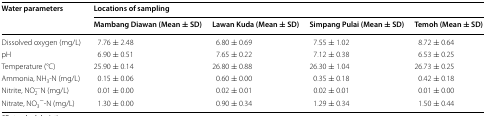
<table><thead><tr><td rowspan="2"><b>Water parameters</b></td><td colspan="4"><b>Locations of sampling</b></td></tr><tr><td><b>Mambang Diawan (Mean ± SD)</b></td><td><b>Lawan Kuda (Mean ± SD)</b></td><td><b>Simpang Pulai (Mean ± SD)</b></td><td><b>Temoh (Mean ± SD)</b></td></tr></thead><tbody><tr><td>Dissolved oxygen (mg/L)</td><td>7.76 ± 2.48</td><td>6.80 ± 0.69</td><td>7.55 ± 1.02</td><td>8.72 ± 0.64</td></tr><tr><td>pH</td><td>6.90 ± 0.51</td><td>7.65 ± 0.22</td><td>7.12 ± 0.38</td><td>6.53 ± 0.25</td></tr><tr><td>Temperature (°C)</td><td>25.90 ± 0.14</td><td>26.80 ± 0.88</td><td>26.30 ± 1.04</td><td>26.73 ± 0.25</td></tr><tr><td>Ammonia, NH<sub>3</sub>-N (mg/L)</td><td>0.15 ± 0.06</td><td>0.60 ± 0.00</td><td>0.35 ± 0.18</td><td>0.42 ± 0.18</td></tr><tr><td>Nitrite, NO<sub>2</sub><sup>—</sup>N (mg/L)</td><td>0.01 ± 0.00</td><td>0.02 ± 0.01</td><td>0.02 ± 0.01</td><td>0.01 ± 0.00</td></tr><tr><td>Nitrate, NO<sub>3</sub><sup>−</sup>-N (mg/L)</td><td>1.30 ± 0.00</td><td>0.90 ± 0.34</td><td>1.29 ± 0.34</td><td>1.50 ± 0.44</td></tr></tbody></table>